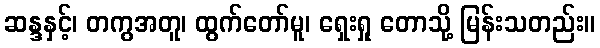
ဆန္ဒနှင့်၊ တကွအတူ၊ ထွက်တော်မူ၊ ရှေးရှု တောသို့ မြန်းသတည်း။